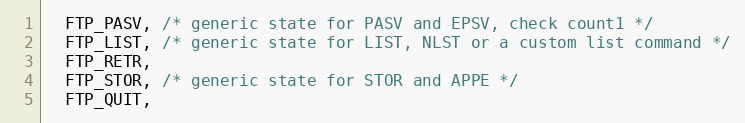
Language: C
  FTP_PASV, /* generic state for PASV and EPSV, check count1 */
  FTP_LIST, /* generic state for LIST, NLST or a custom list command */
  FTP_RETR,
  FTP_STOR, /* generic state for STOR and APPE */
  FTP_QUIT,